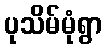
ပုသိမ်မုံရွာ